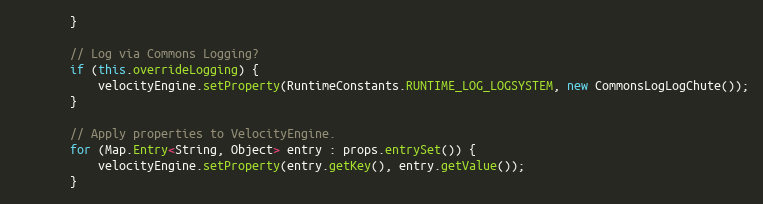
Language: Java
		}

		// Log via Commons Logging?
		if (this.overrideLogging) {
			velocityEngine.setProperty(RuntimeConstants.RUNTIME_LOG_LOGSYSTEM, new CommonsLogLogChute());
		}

		// Apply properties to VelocityEngine.
		for (Map.Entry<String, Object> entry : props.entrySet()) {
			velocityEngine.setProperty(entry.getKey(), entry.getValue());
		}